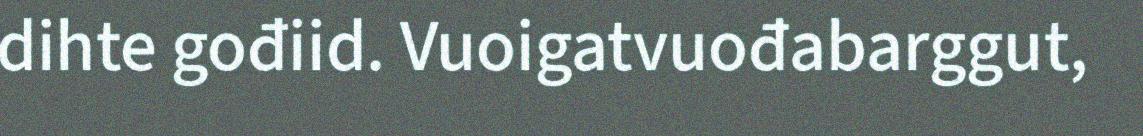
dihte gođiid. Vuoigatvuođabarggut,